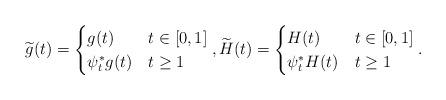
LaTeX: \begin{align*} \widetilde{g}(t)=\begin{cases}g(t) & t\in[0,1] \\ \psi^*_t g(t) & t\geq 1 \end{cases}, \widetilde{H}(t)=\begin{cases}H(t) & t\in[0,1] \\ \psi^*_t H(t) & t\geq 1 \end{cases}. \end{align*}